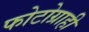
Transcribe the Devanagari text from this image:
फोटोग्राही